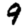
Digit: 9